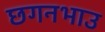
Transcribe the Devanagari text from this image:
छगनभाउ